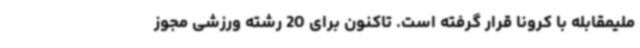
ملیمقابله با کرونا قرار گرفته است. تاکنون برای 20 رشته ورزشی مجوز